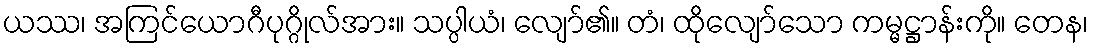
ယဿ၊ အကြင်ယောဂီပုဂ္ဂိုလ်အား။ သပ္ပါယံ၊ လျော်၏။ တံ၊ ထိုလျော်သော ကမ္မဋ္ဌာန်းကို။ တေန၊